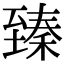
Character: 臻